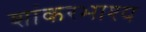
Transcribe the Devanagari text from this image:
शांकरभाश्य